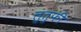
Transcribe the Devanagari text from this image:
लुतुफी